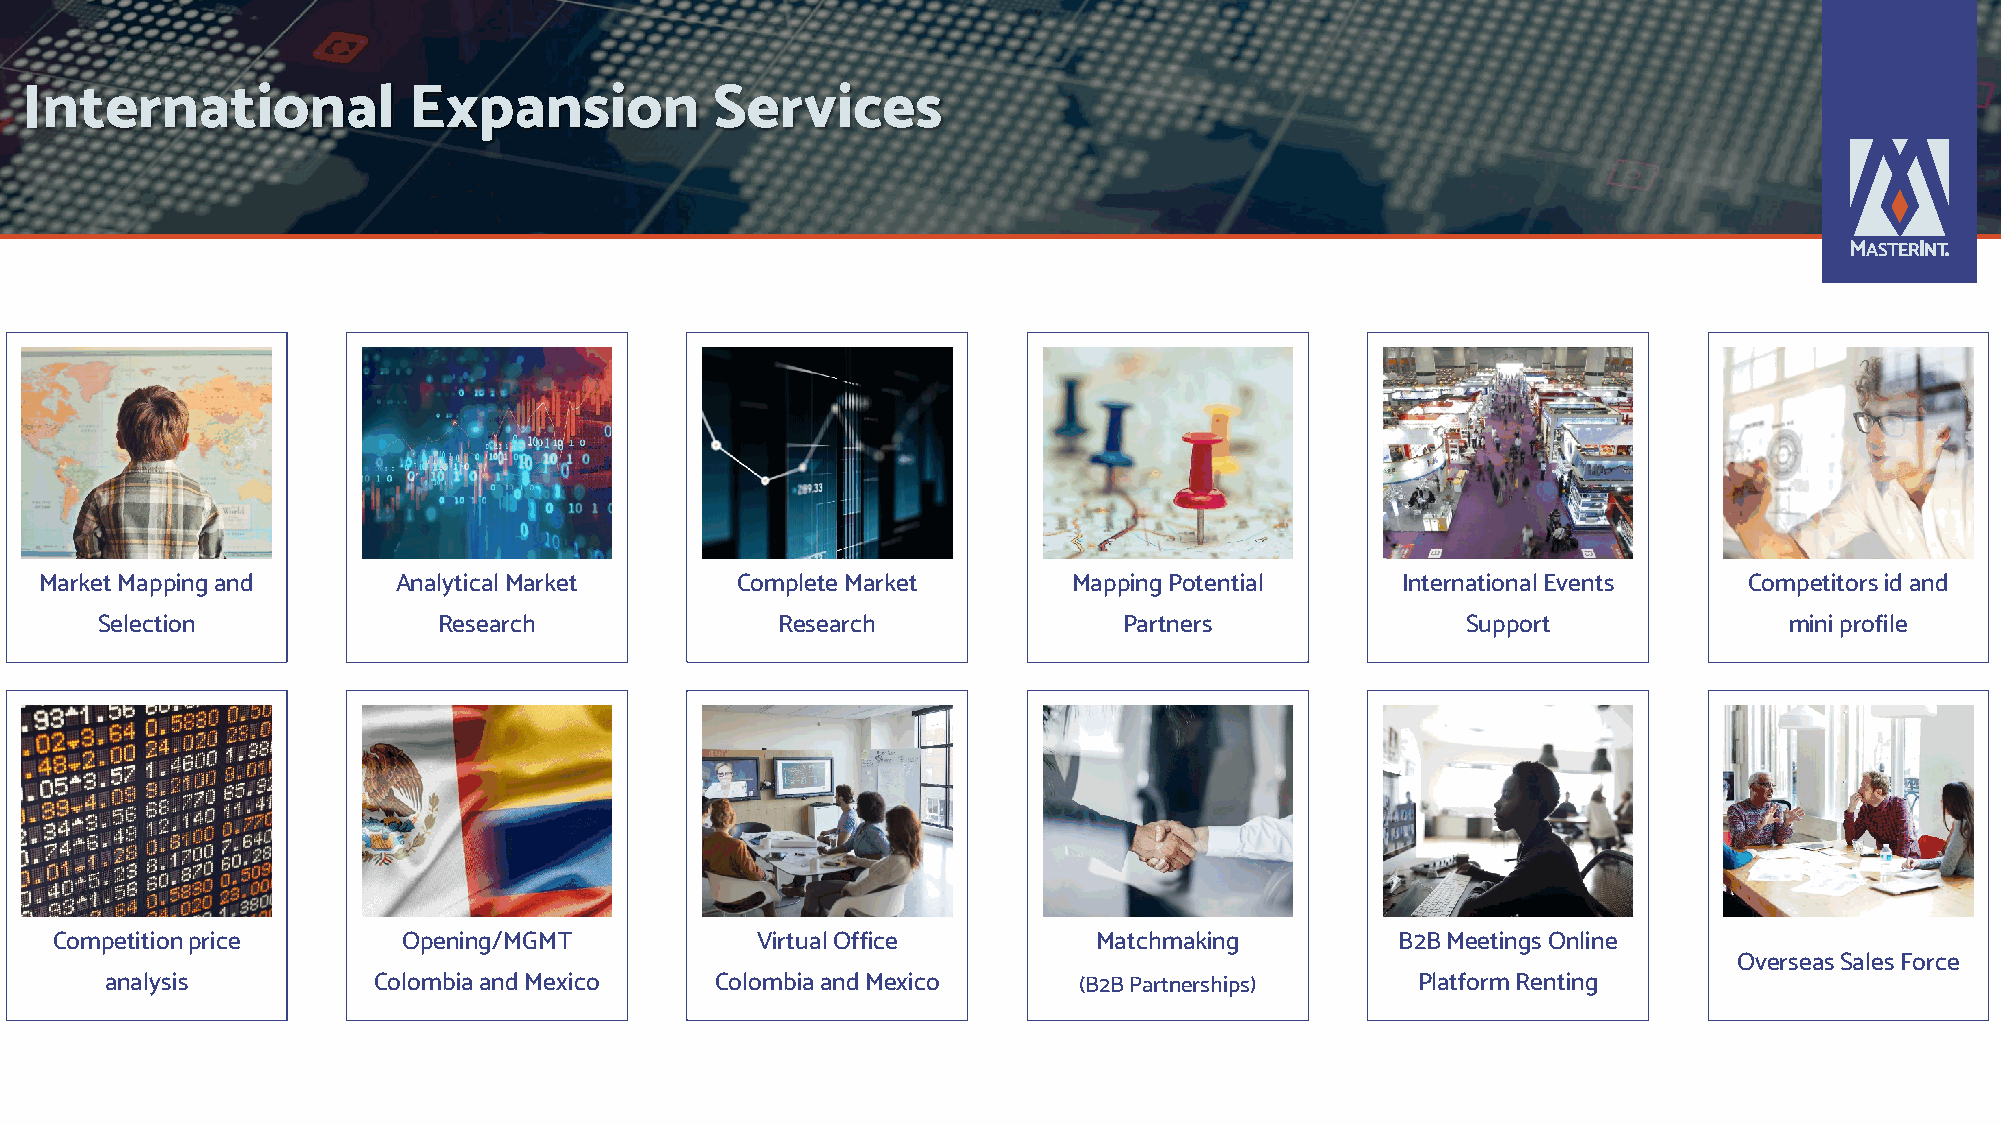
International             Expansion           Services
 Market Mapping and     AnalyticalMarket       Complete Market       Mapping Potential     InternationalEvents    Competitorsid and
 Selection              Research               Research              Partners               Support              mini profile
 Competitionprice        Opening/MGMT           Virtual Office         Matchmaking         B2B Meetings Online
 OverseasSales Force
 analysis          Colombia and Mexico   ColombiaandMexico       (B2B Partnerships)     Platform Renting